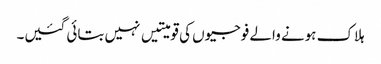
ہلاک ہونے والے فوجیوں کی قومیتیں نہیں بتائی گئیں۔